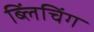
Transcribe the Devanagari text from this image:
ब्लिंचिंग